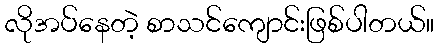
လိုအပ်နေတဲ့ စာသင်ကျောင်းဖြစ်ပါတယ်။